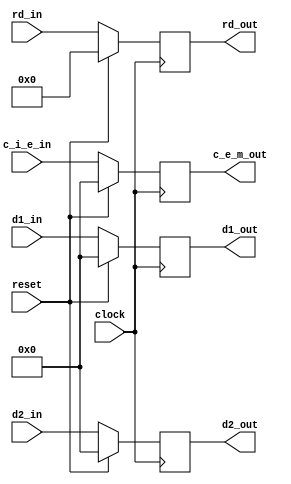
// ex_mem
module ex_mem (
	input [31:0] d1_in,
	input [31:0] d2_in,
	input [4:0] rd_in,
	input [31:0] c_i_e_in,
	input clock,
	input reset,
	output reg [31:0] d1_out,
	output reg [31:0] d2_out,
	output reg [4:0] rd_out,
	output reg [31:0] c_e_m_out
	);
	
	initial begin
		d1_out <= 0;
		d2_out <= 0;
		rd_out <= 0;
		c_e_m_out <= 0;
	end
	
	always @ (posedge clock) begin
		if (reset) begin
			d1_out <= 0;
			d2_out <= 0;
			rd_out <= 0;
			c_e_m_out <= 0;
		end else begin
			d1_out <= d1_in;
			d2_out <= d2_in;
			rd_out <= rd_in;
			c_e_m_out <= c_i_e_in;
		end
	end
	
endmodule